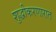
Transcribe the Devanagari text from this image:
शुद्धीकरणारात